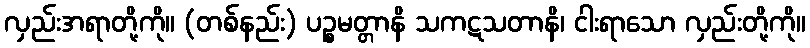
လှည်းအရာတို့ကို။ (တစ်နည်း) ပဉ္စမတ္တာနိ သကဋသတာနိ၊ ငါးရာသော လှည်းတို့ကို။